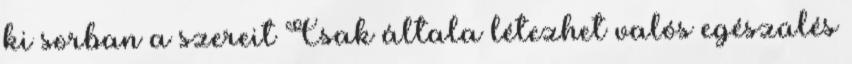
ki sorban a szereit Csak általa létezhet valós egészülés